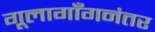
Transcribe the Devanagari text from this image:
गूलागाँगनंतर